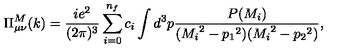
\Pi _ { \mu \nu } ^ { M } ( k ) = \frac { i e ^ { 2 } } { ( 2 \pi ) ^ { 3 } } \sum _ { i = 0 } ^ { n _ { f } } c _ { i } \int d ^ { 3 } p \frac { P ( M _ { i } ) } { ( { M _ { i } } ^ { 2 } - { p _ { 1 } } ^ { 2 } ) ( { M _ { i } } ^ { 2 } - { p _ { 2 } } ^ { 2 } ) } ,